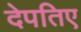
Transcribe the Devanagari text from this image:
देपतिए